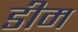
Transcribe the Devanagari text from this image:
डीम